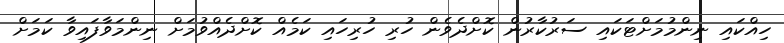
ހިއްކައި ނިންމުމަށްޓަކައި ސަރުކާރުން ކޮށްދެވެން ހުރި ހުރިހައި ކަމެއް ކޮށްދެއްވުމަށް ނިންމަވާފައިވާ ކަމަށް